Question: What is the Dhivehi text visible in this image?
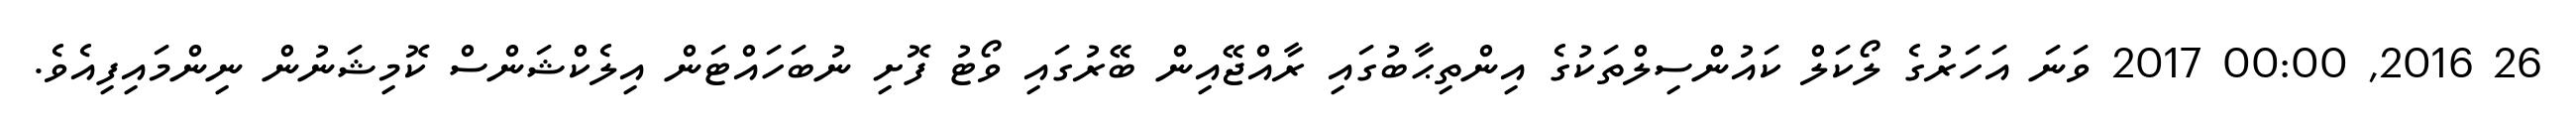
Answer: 26 2016, 00:00 2017 ވަނަ އަހަރުގެ ލޯކަލް ކައުންސިލްތަކުގެ އިންތިޙާބުގައި ރާއްޖޭއިން ބޭރުގައި ވޯޓު ފޮށި ނުބަހައްޓަން އިލެކްޝަންސް ކޮމިޝަނުން ނިންމައިފިއެވެ.